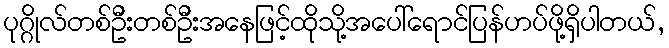
ပုဂ္ဂိုလ်တစ်ဦးတစ်ဦးအနေဖြင့်ထိုသို့အပေါ်ရောင်ပြန်ဟပ်ဖို့ရှိပါတယ်,